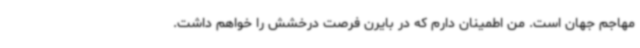
مهاجم جهان است. من اطمینان دارم که در بایرن فرصت درخشش را خواهم داشت.